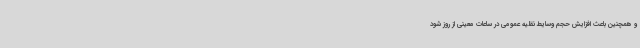
و همچنین باعث افزایش حجم وسایط نقلیه عمومی در ساعات معینی از روز شود